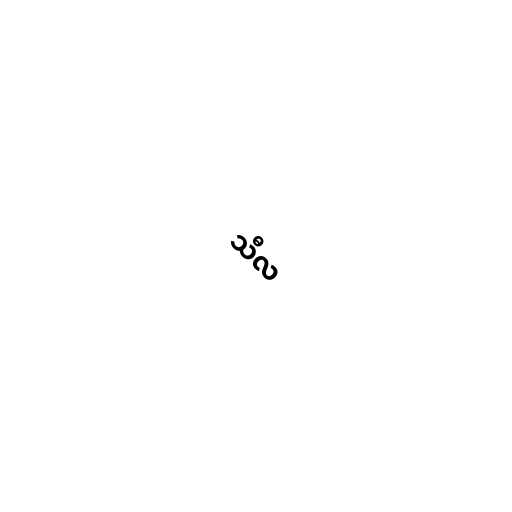
သီလ